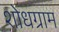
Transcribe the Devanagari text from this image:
शोधग्राम